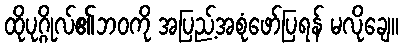
ထိုပုဂ္ဂိုလ်၏ဘဝကို အပြည့်အစုံဖော်ပြရန် မလိုချေ။